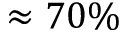
\approx 7 0 \%